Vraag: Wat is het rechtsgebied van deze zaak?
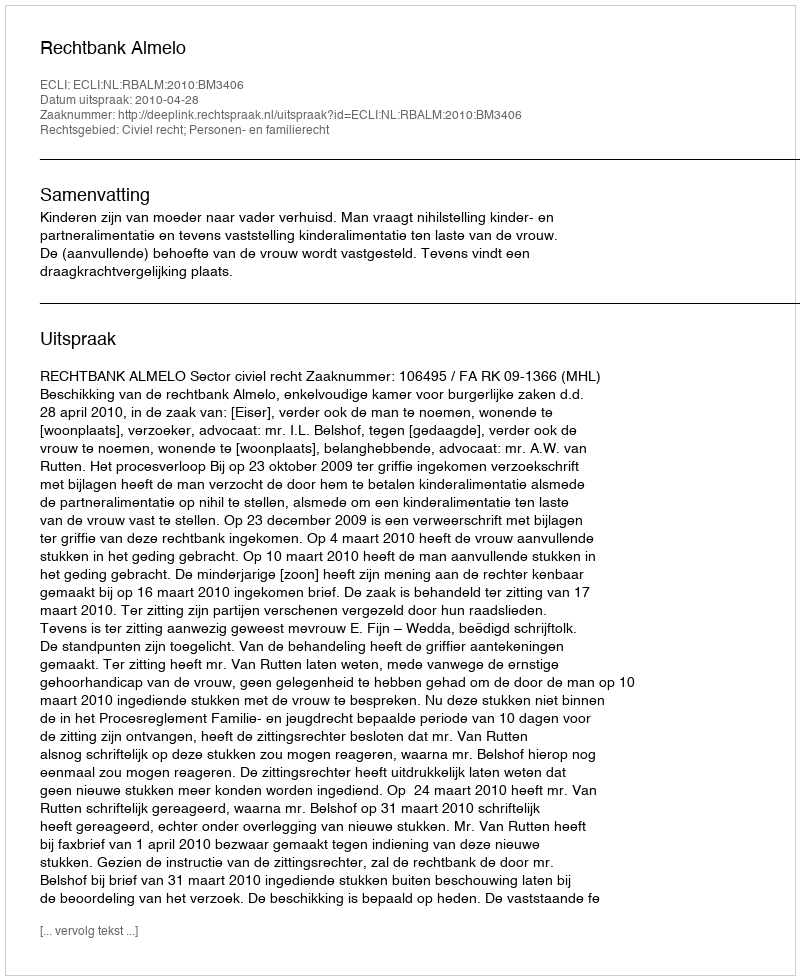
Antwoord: Civiel recht; Personen- en familierecht